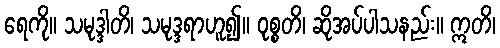
ရေကို။ သမုဒ္ဒါတိ၊ သမုဒ္ဒရာဟူ၍။ ဝုစ္စတိ၊ ဆိုအပ်ပါသနည်း။ ဣတိ၊